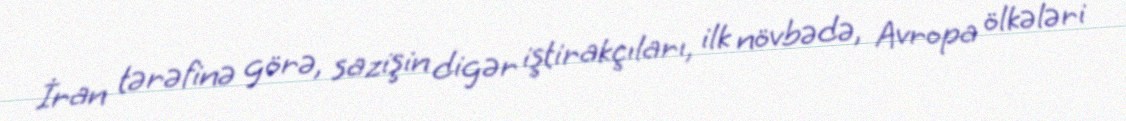
İran tərəfinə görə, sazişin digər iştirakçıları, ilk növbədə, Avropa ölkələri